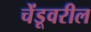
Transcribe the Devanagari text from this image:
चेंडूवरील